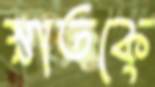
স্নাতকে